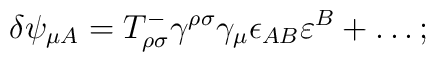
\delta\psi_{\mu A} = T^-_{\rho\sigma}\gamma^{\rho\sigma} \gamma_\mu\epsilon_{AB} \varepsilon^B +\ldots ;